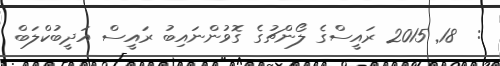
:  18